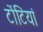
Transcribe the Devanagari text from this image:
टोंटियां